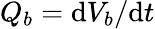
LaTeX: Q_{b}=\mathrm{d}V_{b}/\mathrm{d}t